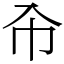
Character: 㠳